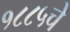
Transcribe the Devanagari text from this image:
१८८५चे